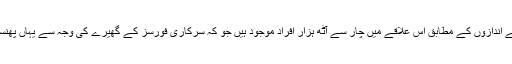
اقوام متحدہ کے اندازوں کے مطابق اس علاقے میں چار سے آٹھ ہزار افراد موجود ہیں جو کہ سرکاری فورسز کے گھیرے کی وجہ سے یہاں پھنسے ہوئے ہیں۔